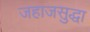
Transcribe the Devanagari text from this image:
जहाजसुद्धा